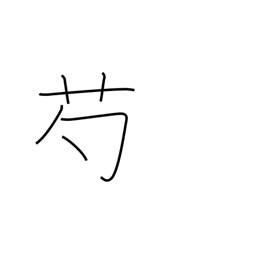
Meaning: peony